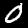
Digit: 0